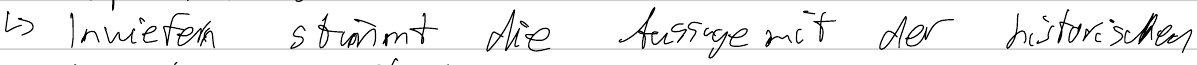
-> Inwiefern stimmt die Aussage mit der historischen